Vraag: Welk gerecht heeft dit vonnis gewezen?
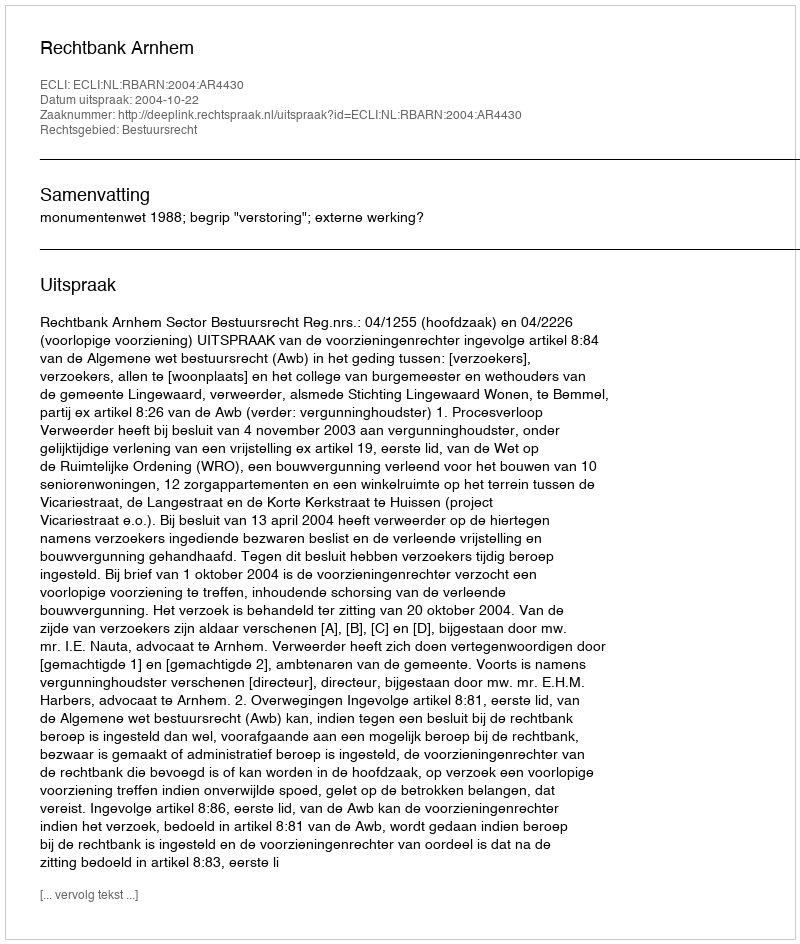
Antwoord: Rechtbank Arnhem